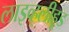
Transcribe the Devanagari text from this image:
लाइव्ह्‌लीहूड